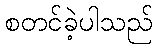
စတင်ခဲ့ပါသည်